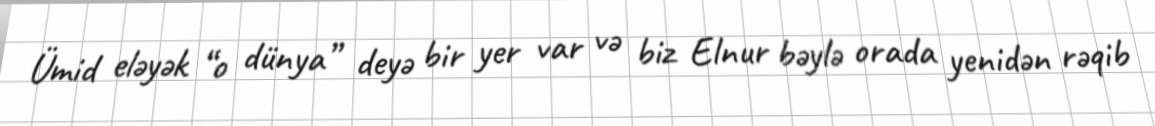
Ümid eləyək “o dünya” deyə bir yer var və biz Elnur bəylə orada yenidən rəqib